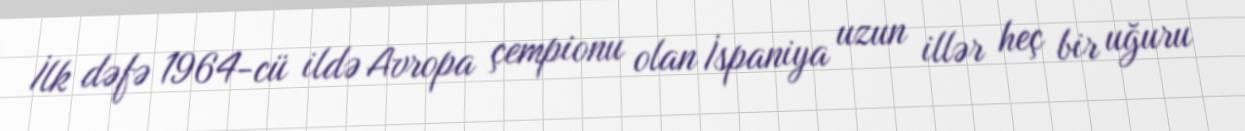
İlk dəfə 1964-cü ildə Avropa çempionu olan İspaniya uzun illər heç bir uğuru